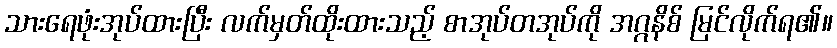
သားရေဖုံးအုပ်ထားပြီး လက်မှတ်ထိုးထားသည့် စာအုပ်တအုပ်ကို အဂ္ဂနိစ် မြင်လိုက်ရ၏။